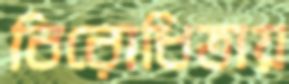
বিরোধিতায়